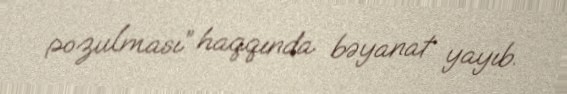
pozulması” haqqında bəyanat yayıb.